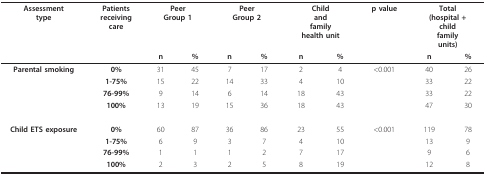
| Assessmenttype | Patientsreceivingcare | <COLSPAN=2> PeerGroup 1 | <COLSPAN=2> PeerGroup 2 | <COLSPAN=2> Childandfamilyhealth unit | p value | <COLSPAN=2> Total(hospital + childfamilyunits) |
 |  |  | n | % | n | % | n | % |  | n | % |
 | --- | --- | --- | --- | --- | --- | --- | --- | --- | --- | --- |
 | Parental smoking | 0% | 31 | 45 | 7 | 17 | 2 | 4 | <0.001 | 40 | 26 |
 |  | 1-75% | 15 | 22 | 14 | 33 | 4 | 10 |  | 33 | 22 |
 |  | 76-99% | 9 | 14 | 6 | 14 | 18 | 43 |  | 33 | 22 |
 |  | 100% | 13 | 19 | 15 | 36 | 18 | 43 |  | 47 | 30 |
 | Child ETS exposure | 0% | 60 | 87 | 36 | 86 | 23 | 55 | <0.001 | 119 | 78 |
 |  | 1-75% | 6 | 9 | 3 | 7 | 4 | 10 |  | 13 | 9 |
 |  | 76-99% | 1 | 1 | 1 | 2 | 7 | 17 |  | 9 | 6 |
 |  | 100% | 2 | 3 | 2 | 5 | 8 | 19 |  | 12 | 8 |